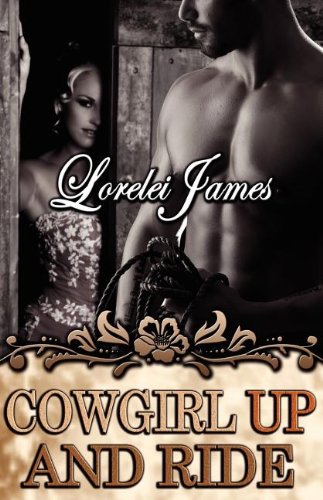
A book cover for Cowgirl Up and Ride (Rough Riders); Lorelei James; Romance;